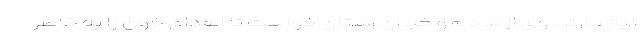
نیاز دارند. وی از مردم و خیران استان خواست تا اهدای خون را به خاطر